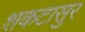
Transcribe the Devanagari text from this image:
शकटासुर